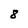
Character: 8